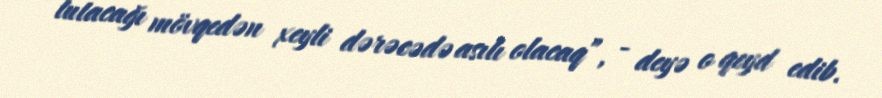
tutacağı mövqedən xeyli dərəcədə asılı olacaq”, - deyə o qeyd edib.